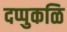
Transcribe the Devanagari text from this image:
दप्पुकळि